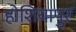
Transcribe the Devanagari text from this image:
होशियापुर